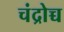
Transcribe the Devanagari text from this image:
चंद्रोच्च